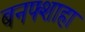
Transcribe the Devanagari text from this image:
बनफ्शाहा